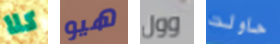
كلا هيو وول حاولت